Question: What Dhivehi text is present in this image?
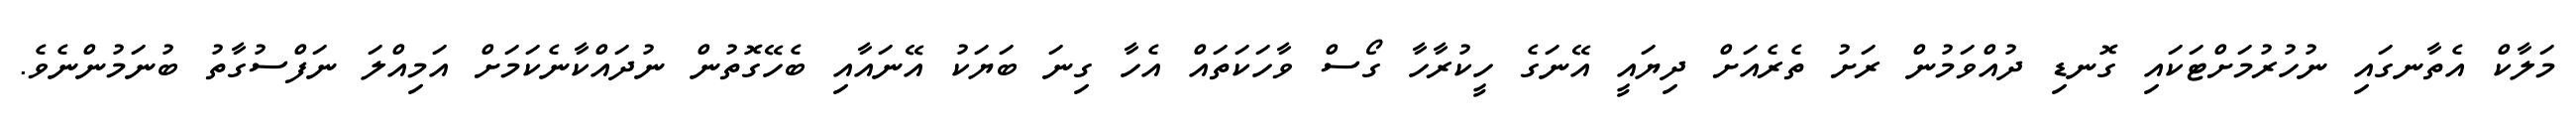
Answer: މަލާކް އެތާނގައި ނުހުރުމަށްޓަކައި ގޮނޑި ދުއްވަމުން ރަށު ތެރެއަށް ދިޔައީ އޭނަގެ ހީކުރާހާ ގޯސް ވާހަކަތައް އެހާ ގިނަ ބަޔަކު އޭނައާއި ބެހޭގޮތުން ނުދައްކާނެކަމަށް އަމިއްލަ ނަފްސުގާތު ބުނަމުންނެވެ.